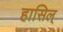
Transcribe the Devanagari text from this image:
हासिल्